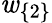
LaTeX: \mathit{w}_{\{ 2\} }